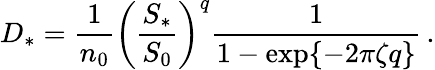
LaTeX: D_{*}=\frac{1}{n_{0}}\left(\frac{S_{*}}{S_{0}}\right)^{q}\frac{1}{1-\exp\{ -2\pi\zeta q\} }\, .